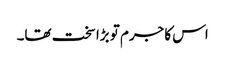
اس کا جرم تو بڑا سخت تھا۔